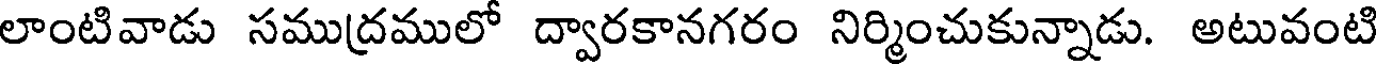
లాంటివాడు సముద్రములో ద్వారకానగరం నిర్మించుకున్నాడు. అటువంటి